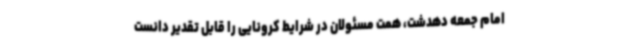
امام جمعه دهدشت، همت مسئولان در شرایط کرونایی را قابل تقدیر دانست